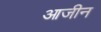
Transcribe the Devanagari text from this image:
आजीन